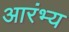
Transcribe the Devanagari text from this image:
आरंभ्य